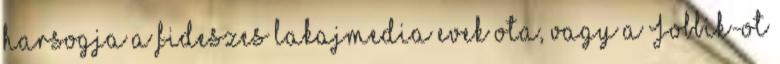
harsogja a fideszes lakajmedia evek ota, vagy a Jobbik-ot